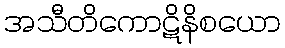
အသီတိကောဋိနိစယော